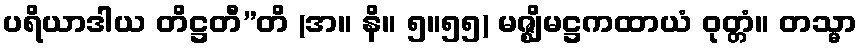
ပရိယာဒါယ တိဋ္ဌတီ”တိ (အ။ နိ။ ၅။၅၅) မဇ္ဈိမဋ္ဌကထာယံ ဝုတ္တံ။ တသ္မာ